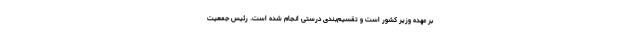
بر عهده وزیر کشور است و تقسیم‌بندی درستی انجام شده است. رئیس جمعیت